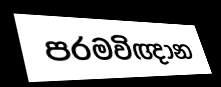
පරමවිඥාන